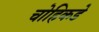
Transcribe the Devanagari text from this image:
चोहिकडे